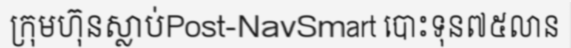
ក្រុមហ៊ុនស្លាប់Post-NavSmart បោះទុន៧៥លាន